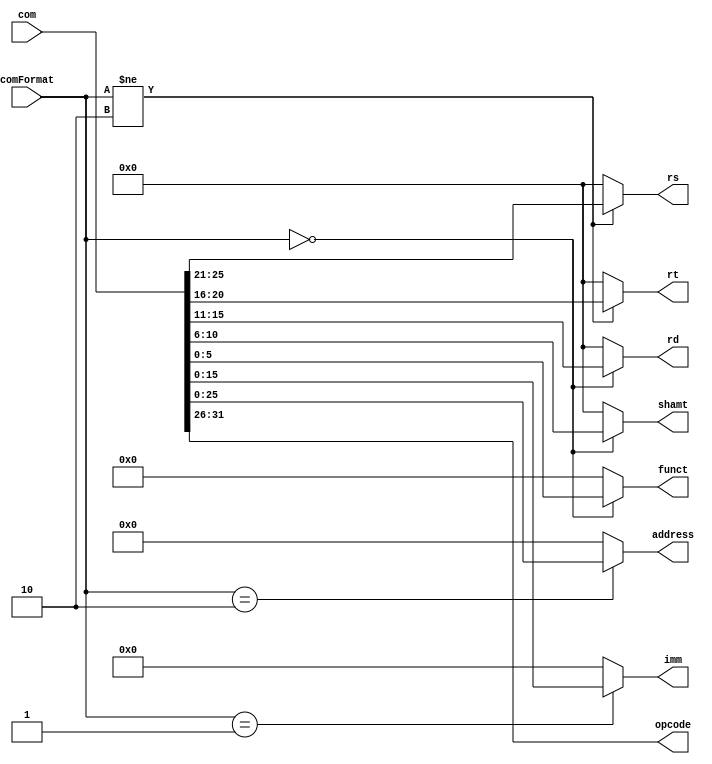
module comDecoder (comFormat,com, opcode, rs, rt, rd, shamt, funct, imm, address);
    
    input wire [1:0] comFormat;
    
    input [31:0] com;
    
    output [5:0] opcode;
    output [4:0] rs;
    output [4:0] rt;
    output [4:0] rd;
    output [4:0] shamt;
    output [5:0] funct;
    output [15:0] imm;
    output [25:0] address;
    
    
    assign opcode = com[31:26];
    
    assign rs = (comFormat!=2'b10)?com[25:21]:0;
    assign rt = (comFormat!=2'b10)?com[20:16]:0;
    assign rd = (comFormat==2'b00)?com[15:11]:0;
    assign shamt = (comFormat==2'b00)?com[10:6]:0;
    assign funct = (comFormat==2'b00)?com[5:0]:0;
    assign imm   = (comFormat==2'b01)?com[15:0]:0;
    assign address = (comFormat==2'b10)?com[25:0]:0;

endmodule